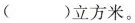
( )立方米。